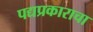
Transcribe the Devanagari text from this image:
पद्यप्रकाराचा